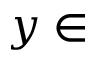
y \in